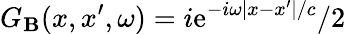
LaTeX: G_{\mathbf{B}}(x,x^{\prime},\omega)=i\mathrm{{e}}^{-i\omega|x-x^{\prime}|/c}/2